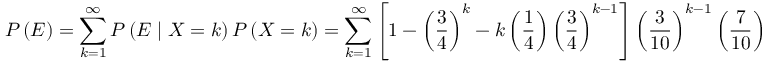
P \left( E \right) = \sum _ { k = 1 } ^ { \infty } P \left( E \mid X = k \right) P \left( X = k \right) = \sum _ { k = 1 } ^ { \infty } \left[ 1 - \left( \frac { 3 } { 4 } \right) ^ { k } - k \left( \frac { 1 } { 4 } \right) \left( \frac { 3 } { 4 } \right) ^ { k - 1 } \right] \left( \frac { 3 } { 1 0 } \right) ^ { k - 1 } \left( \frac { 7 } { 1 0 } \right)